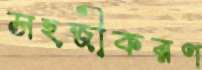
সহজীকরণ